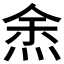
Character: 𭴯